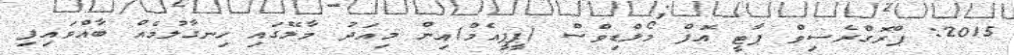
2015: ޕްރޮގްރެސިވް ޕާޓީ އޮފް މޯލްޑިވްސް (ޕީޕީއެމް)އިން މިއަދު މާލޭގައި ހިނގާލުމެއް ބާއްވައިފި